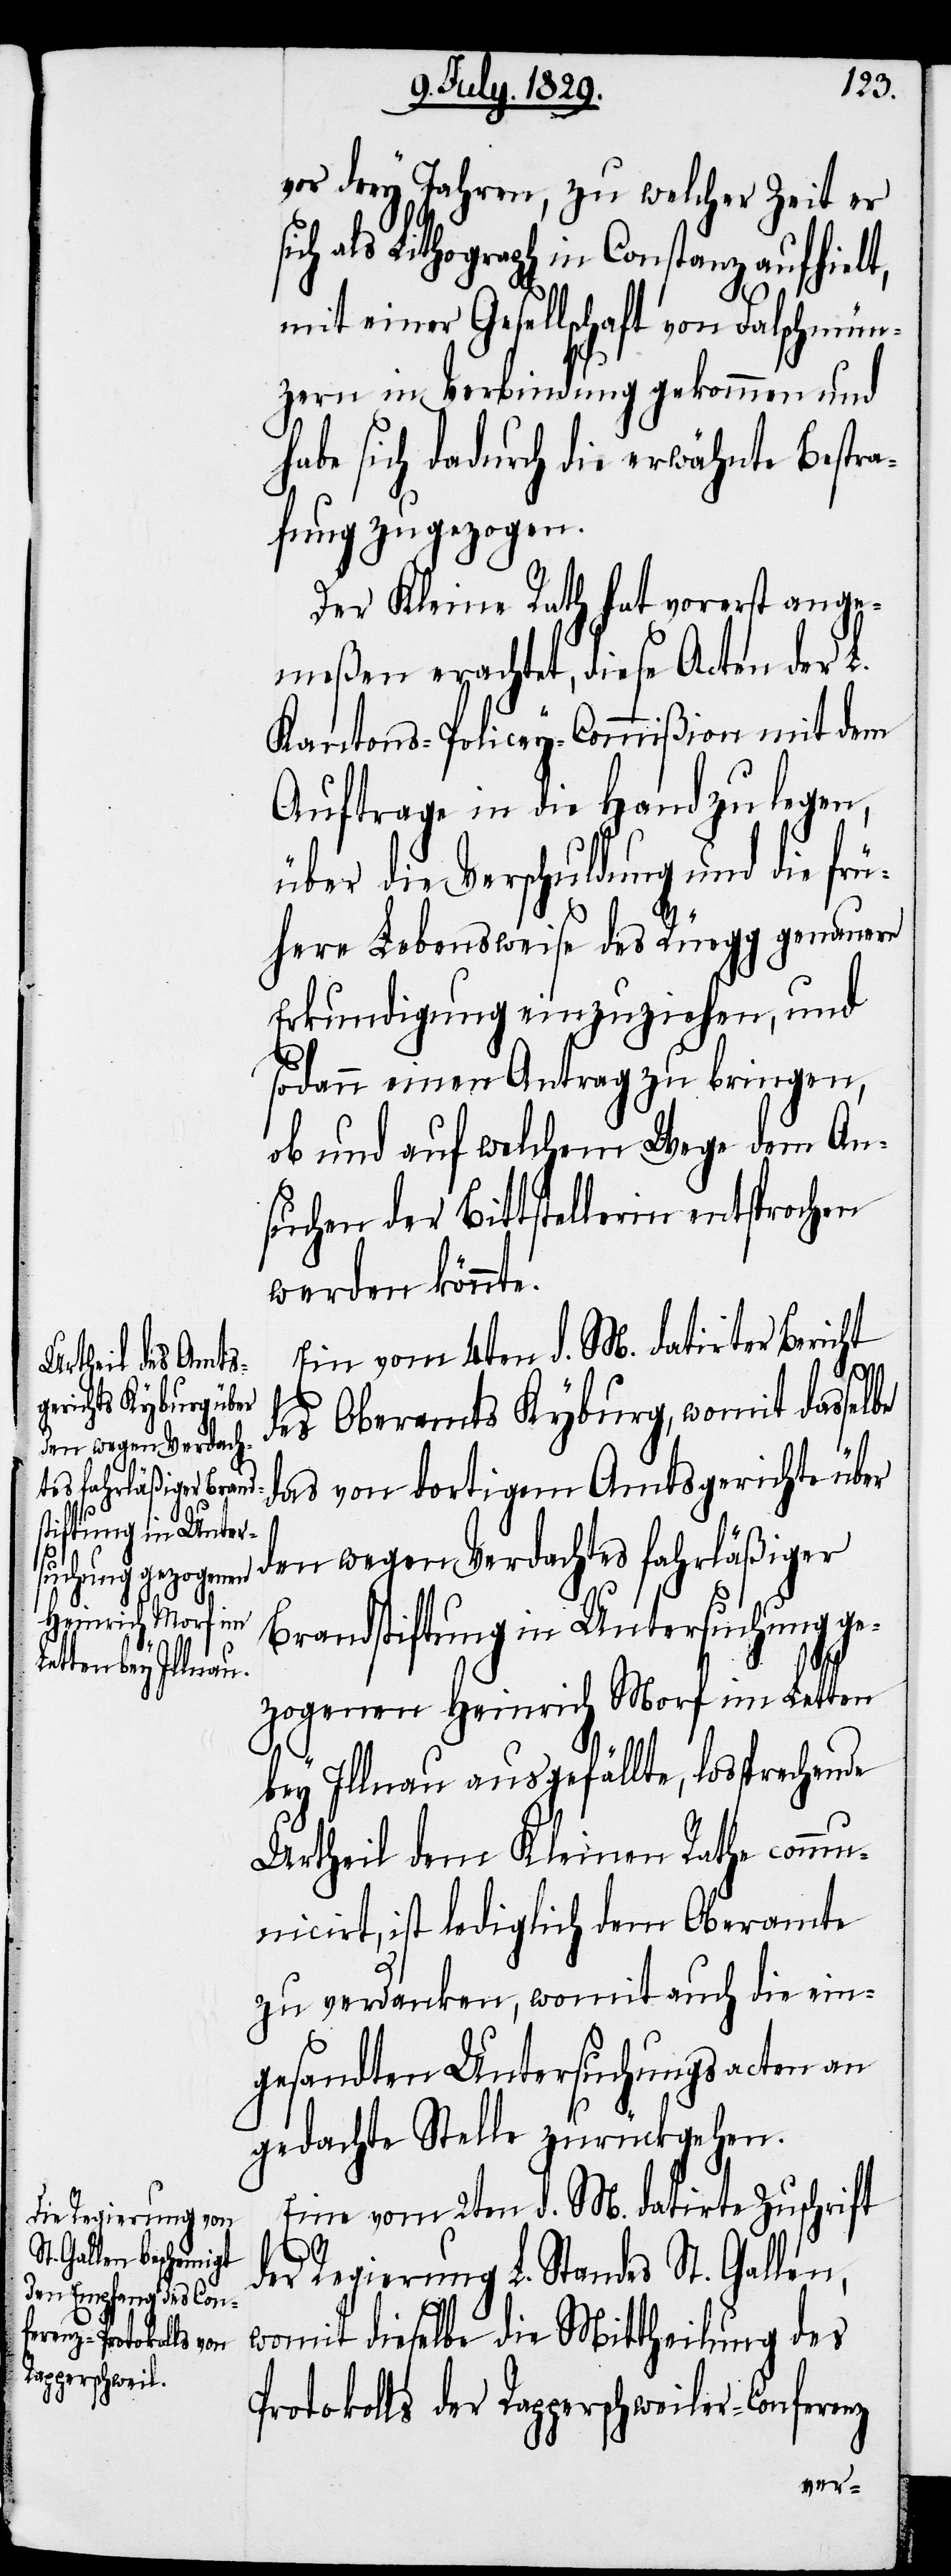
vor drey Jahren, zu welcher Zeit er
ch als Lithograph in Constanz aufhielt,
mit einer Gesellschaft von Falschmün¬
zern in Verbindung gekommen und
habe sich dadurch die erwähnte Bestra¬
fung zugezogen.
Der Kleine Rath hat vorerst ange¬
meßen erachtet, diese Acten der L.
Kantons-Policey-Commißion mit dem
Auftrage in die Hand zu legen,
über die Verschuldung und die frü¬
here Lebensweise des Rüegg genauer
Erkundigung einzuziehen, und
sodann einen Antrag zu bringen,
ob und auf welchem Wege dem An¬
suchen der Bittstellerin entsprochen
werden könnte.
Ein vom 4ten d. M. datirter Bericht
des Oberamts Kyburg, womit dasselbe
das von dortigem Amtsgerichte über
den wegen Verdachtes fahrläßiger
Brandstiftung in Untersuchung ge¬
si¬
zogenen Heinrich Morf im Letten
bey Illnau ausgefällte, lossprechende
Urtheil dem Kleinen Rathe comm¬
unicirt, ist lediglich dem Oberamte
zu verdanken, womit auch die ein¬
gesandten Untersuchungsacten an
gedachte Stelle zurückgehen.
Eine vom 2ten d. M. datirte Zuschrift
der Regierung L. Standes St. Gallen,
womit dieselbe die Mittheilung des
Protokolls der Rapperschweiler-Conferenz